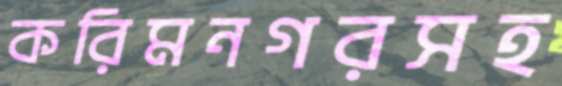
করিমনগরসহ